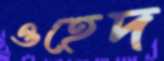
ওহেদ